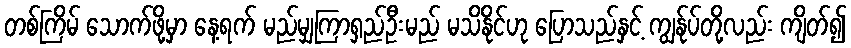
တစ်ကြိမ် သောက်ဖို့မှာ နေ့ရက် မည်မျှကြာရှည်ဦးမည် မသိနိုင်ဟု ပြောသည်နှင့် ကျွန်ုပ်တို့လည်း ကျိတ်၍